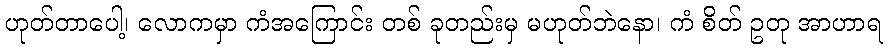
ဟုတ်တာပေါ့၊ လောကမှာ ကံအကြောင်း တစ် ခုတည်းမှ မဟုတ်ဘဲနော၊ ကံ စိတ် ဥတု အာဟာရ